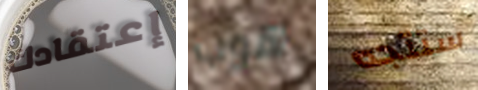
إعتقادك هوب ستتجه